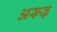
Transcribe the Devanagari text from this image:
अरूढ़